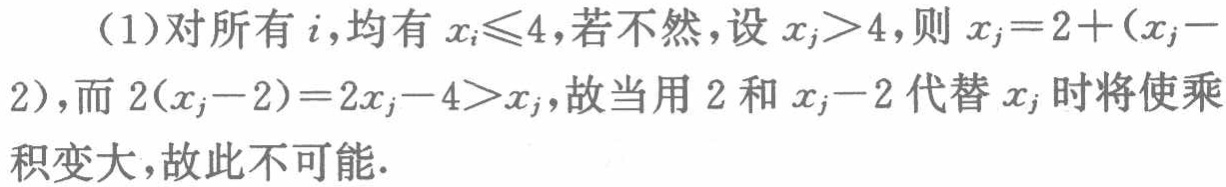
（1）对所有\(i\)，均有\(x_{i}\leq4\)，若不然，设\(x_{j}>4\)，则\(x_{j}=2+(x_{j}-2)\)，而\(2(x_{j}-2)=2x_{j}-4>x_{j}\)，故当用\(2\)和\(x_{j}-2\)代替\(x_{j}\)时将使乘积变大，故此不可能.